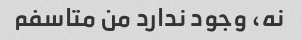
نه، وجود ندارد من متاسفم